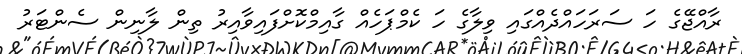
ރާއްޖޭގެ ހަ ސަރަހައްދެއްގައި ވިލާގެ ހަ ކެމްޕަހެއް ގާއިމްކޮށްފައިވާއިރު ތިން ލާނިން ސެންޓަރު